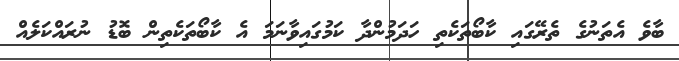
ބާވެ އެތަނުގެ ތެރޭގައި ކާބޯތަކެތި ހަދަމުންދާ ކަމުގައިވާނަމަ އެ ކާބޯތަކެތިން ބޮޑު ނުރައްކަލެއް